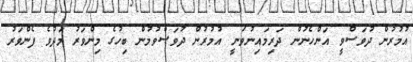
އުމުރުން ދުވަސްވީ އަންހެނުން ދަރިމައިނުވަނީ އުމުރުން ދުވަސްވުމުން ބިހުގެ މިންވަރު މަދުވެ ފެންވަރު